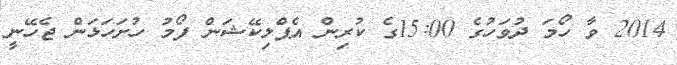
2014 ވާ ހޯމަ ދުވަހުގެ 15:00ގެ ކުރިން އެޕްލިކޭޝަން ފޯމު ހުށަހަޅަން ޖެހޭނީ